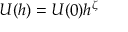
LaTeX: \ U ( h ) = U ( 0 ) h ^ { \zeta }